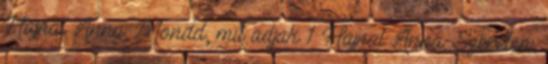
Hajnal Anna: Mondd, mit adjak 1 Hajnal Anna: Szerelem